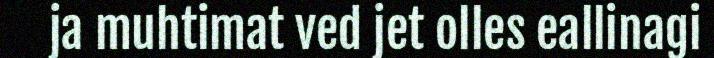
ja muhtimat ved jet olles eallinagi